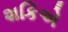
શકિએ